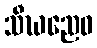
သီဃညေဝ